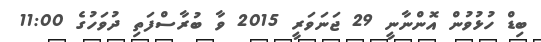
ބިޑް ހުޅުވުން އޮންނާނީ 29 ޖަނަވަރީ 2015 ވާ ބުރާސްފަތި ދުވަހުގެ 11:00